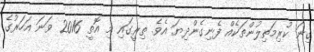
ގިނަ ކުރިމަތިލުންތަކެއް ފެނިގެންދިޔަ އެވެ. ތިރީގައި މި އޮތީ 2016 ވަނަ އަހަރުގެ